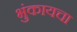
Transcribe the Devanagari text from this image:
भुंकायचा